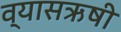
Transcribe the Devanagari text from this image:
व्यासऋषी